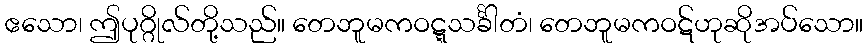
ဧသော၊ ဤပုဂ္ဂိုလ်တို့သည်။ တေဘူမကဝဋ္ဋသင်္ခါတံ၊ တေဘူမကဝဋ်ဟုဆိုအပ်သော။